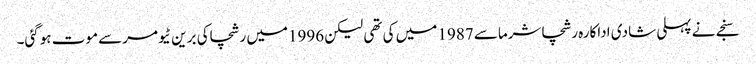
سنجے نے پہلی شادی اداکارہ رشچاشرماسے 1987 میں کی تھی لیکن 1996میں رشچاکی برین ٹیومرسے موت ہوگئی۔